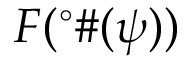
F ( ^ { \circ } \# ( \psi ) )